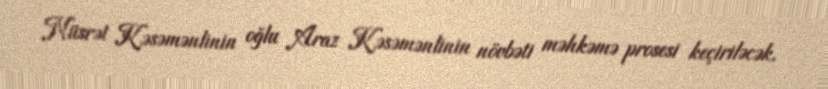
Nüsrət Kəsəmənlinin oğlu Araz Kəsəmənlinin növbəti məhkəmə prosesi keçiriləcək.